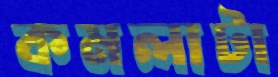
কমলাটা